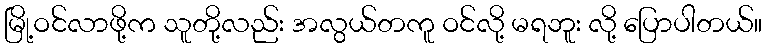
မြို့ဝင်လာဖို့က သူတို့လည်း အလွယ်တကူ ဝင်လို့ မရဘူး လို့ ပြောပါတယ်။